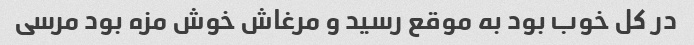
در کل خوب بود به موقع رسید و مرغاش خوش مزه بود مرسی